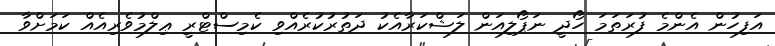
އަފިހުން އެންމެ ފުރަތަމަ ހޯދީ ނަޕޯލިއަން ލަޝްކަރާއެކު ދަތުރުކުރެއްވި ކެމިސްޓްރީ ޢިލްމުވެރިއެއް ކަމަށްވާ